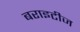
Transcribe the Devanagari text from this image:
बराइटीज